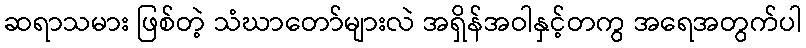
ဆရာသမား ဖြစ်တဲ့ သံဃာတော်များလဲ အရှိန်အဝါနှင့်တကွ အရေအတွက်ပါ